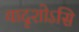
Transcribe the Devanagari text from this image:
यादृशोऽसि